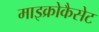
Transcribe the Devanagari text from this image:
माइक्रोकैसेट